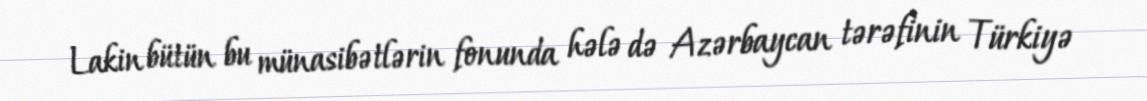
Lakin bütün bu münasibətlərin fonunda hələ də Azərbaycan tərəfinin Türkiyə